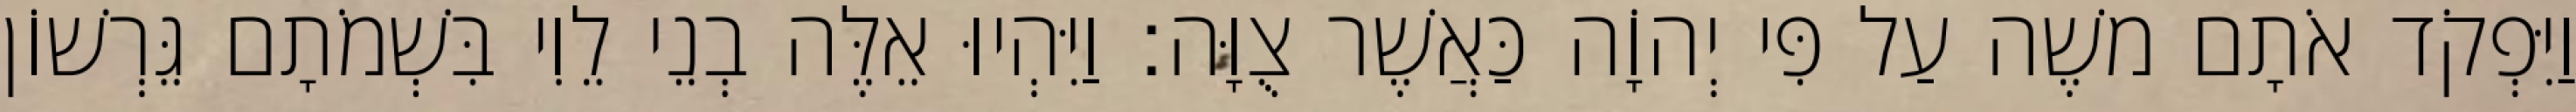
וַיִּפְקֹד אֹתָם משֶׁה עַל פִּי יְהוָֹה כַּאֲשֶׁר צֻוָּה׃ וַיִּהְיוּ אֵלֶּה בְנֵי לֵוִי בִּשְׁמֹתָם גֵּרְשׁוֹן